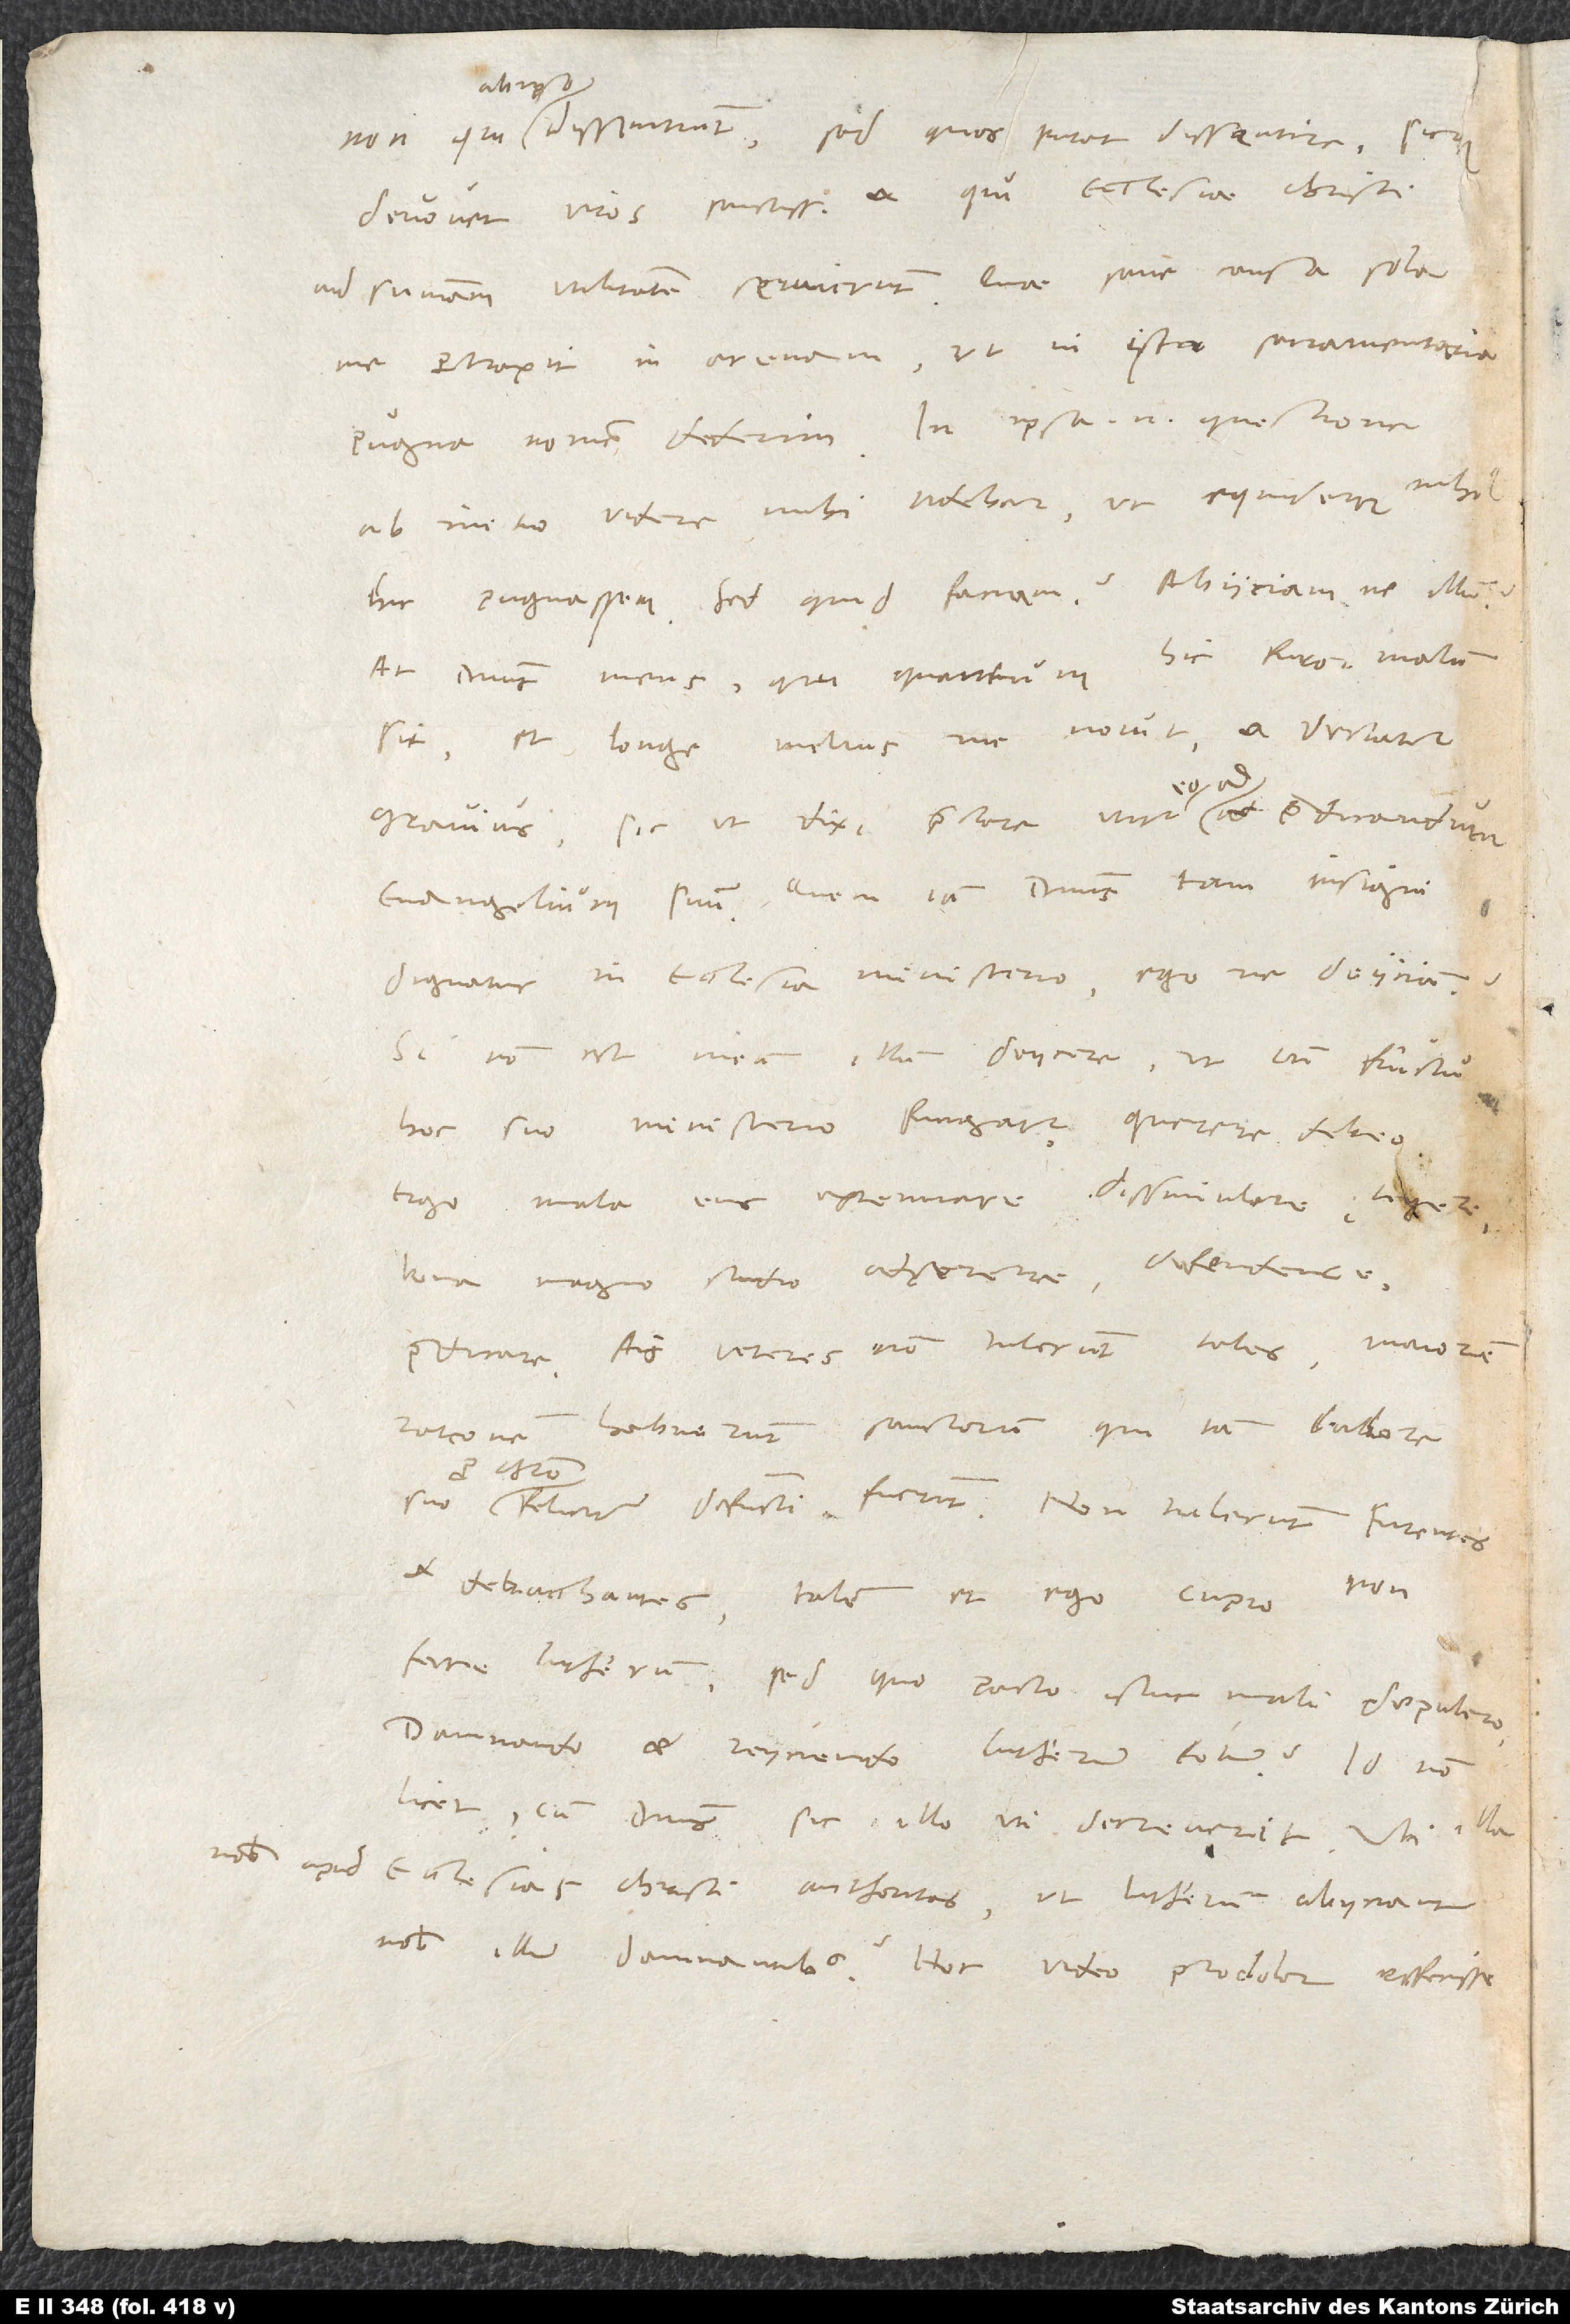
dissentiunt, sed quos putat dissentire, sicque
devovet viros sanctissimos et qui ecclesiae Christi
ad summam utilitatem servierunt. Quae sane causa sola
me protraxit in arenam, ut in ista sacramentaria
pugna nomen dederim. In ipsa enim questione
ab initio videre mihi videbar, ut equidem nihil
hic pugnassem. Sed quid faciam? Abiiciamne ilium?
At dominus meus, qui quantum hic furor malum
sit, et longe melius me novit et sectatur
9.
gravius, sicut dixi, praeclare utitur eo ad praedicandum
evangelium suum. Quem iam Dominus tam insigni
dignatur in ecclesia ministerio, egone deiiciam?
Si non est meum illum deiicere, ut cum fructu
hoc suo ministerio fungatur, querere debeo,
ergo mala eius extenuare, dissimulare, tegere,
bona magno studio adserere, defendere,
praedicare. Ais: «Veteres non tulerunt tales. Maiorem
rationem habuerunt sanctorum, qui iam labore
pro Christo
feliciter defuncti fuerunt. Non tulerunt furentes
et debacchantes.» Talem et ego cupio
ferre Lutherum. Sed quo pacto istuc mali depulero
damnando et reiiciendo Lutherum totum? Id non
licet, cum dominus sic illo uti decreverit. Ubi illa
nobis apud ecclesias Christi authoritas, ut Lutherum abiiciant
nobis illum damnantibus? Hoc video, pro dolor, effecisse